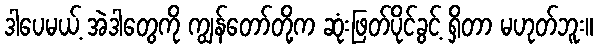
ဒါပေမယ့် အဲဒါတွေကို ကျွန်တော်တို့က ဆုံးဖြတ်ပိုင်ခွင့် ရှိတာ မဟုတ်ဘူး။